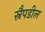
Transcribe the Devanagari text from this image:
स्नैपडील